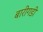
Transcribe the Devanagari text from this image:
बारीगडी